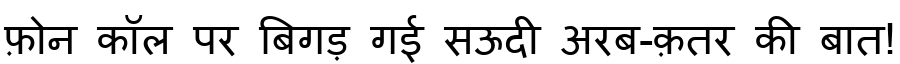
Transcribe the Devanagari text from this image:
फ़ोन कॉल पर बिगड़ गई सऊदी अरब-क़तर की बात!